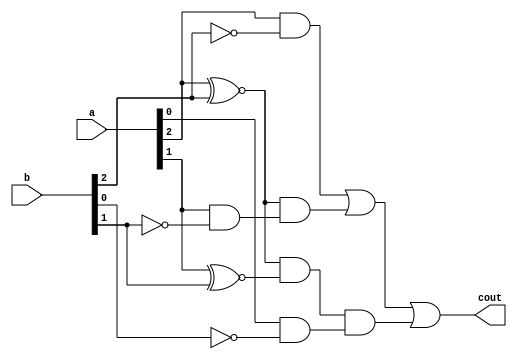
module AgrB3bit(a, b, cout);

	input [2:0]a, b;
	output cout;

	assign cout = (a[2] & ~b[2]) | ((a[2] ~^ b[2]) & (a[1] & ~b[1])) | ((a[2] ~^ b[2]) & (a[1] ~^ b[1]) & (a[0] & ~b[0]));

endmodule


module AequB3bit(a, b, cout);

	input [2:0]a, b;
	output cout;
	
	assign cout = ((a[2] ~^ b[2]) & (a[1] ~^ b[1])) & (a[0] ~^ b[0]);
	
endmodule

module AzeroB3bit(a, b, cout);

	input [2:0]a, b;
	output cout;
	
	assign cout = ~(a[2] | b[2]) & ~(a[1] | b[1]) & ~(a[0] | b[0]);
	
endmodule


module Renee_Display(Action, SEG);

	input [2:0] Action;
	output [6:0] SEG;
	
	parameter [6:0] F = 7'b0001110; // Forward
	parameter [6:0] r = 7'b1011110; // Reverse
	parameter [6:0] S = 7'b0010010; // Stop
	//my7bit31mux(Action, F, r, S, y);
	assign SEG[6:0] = Action[2] ? r : (Action[1] ? F : S); //3 or 4 way mux
	
	
endmodule


module Renee_Controller(ls, rs, lb, rb,fb, bb, lwa, rwa, LEDR);

	input [2:0]ls, rs;
	input	lb, rb, fb, bb;
	output [2:0]lwa, rwa;
	output [3:0]LEDR;
	
	// turn Left?	
	AgrB3bit tL(ls, rs, tLeft);
	assign LEDR[0] = tLeft;
	
	// turn Right?
	AgrB3bit tR(rs, ls, tRight);
	assign LEDR[1] = tRight;
	// forward?
	AequB3bit fr(ls, rs, eq);
	assign LEDR[2] = eq;
	// stop?
	AzeroB3bit st(ls, rs, stop);
	assign LEDR[3] = stop;
	assign forward = eq & ~stop;
	// is any bumper active?
	assign bump = ~fb | ~bb | ~lb | ~rb;
	
	// if bumpers are off, should Renee turn?
	assign turn = tLeft | tRight;
	
	// bumper overide
	assign Lreverse = (~fb & rb & lb & bb) | (~lb & fb & bb & rb) | (~lb & ~fb & bb & rb);
	assign Lforward = (~bb & fb & lb & rb) | (~lb & ~bb & fb & rb);
	assign Lstop = (~rb &lb & fb & bb)| (~rb & ~fb & lb & bb) | (~rb & ~bb & lb & fb) | (~fb & ~bb) | (~lb & ~rb);
	
	assign Rreverse = (~fb & rb & lb & bb) | (~rb & lb & fb & bb) | (~fb & ~rb & lb & bb);
	assign Rforward = (~bb & fb & lb & rb) | (~bb & ~rb & lb & fb);
	assign Rstop = (~lb & rb & fb & bb) | (~lb & ~fb & bb & rb) | (~lb & ~bb & fb & rb) | (~fb & ~bb) | (~lb & ~rb);
	
	// decision	
	assign lwa[2] = bump ? Lreverse : (turn ? 0 : (forward ? 0 : 0));
	assign lwa[1] = bump ? Lforward : (turn ? tRight : (forward ? forward : 0));
	assign lwa[0] = bump ? Lstop : (turn ? tLeft : (forward ? 0 : stop));
	
	assign rwa[2] = bump ? Rreverse : (turn ? 0 : (forward ? 0 : 0));
	assign rwa[1] = bump ? Rforward : (turn ? tLeft : (forward ? forward : 0));
	assign rwa[0] = bump ? Rstop : (turn ? tRight : (forward ? 0 : stop));
	
	/* turning left or right
	assign lwa[2] = 0;
	assign lwa[1] = tRight;
	assign lwa[0] = tLeft;
	
	assign rwa[2] = 0;
	assign rwa[1] = tLeft;
	assign rwa[0] = tRight;
	
	// going forward
	assign lwa[2] = 0;
	assign lwa[1] = forward;
	assign lwa[0] = 0;
	
	assign rwa[2] = 0;
	assign rwa[1] = forward;
	assign rwa[0] = 0;
	
	// stop
	assign lwa[2] = 0;
	assign lwa[1] = 0;
	assign lwa[0] = stop;
	
	assign rwa[2] = 0;
	assign rwa[1] = 0;
	assign rwa[0] = stop;*/
	
endmodule


module Renee(SW, KEY, HEX1, HEX0);

	input [6:0]SW;
	input [3:0]KEY;
	output [6:0] HEX0, HEX1;
	
	wire [2:0]  lw, rw;
	
	Renee_Controller R1(.ls(SW[6:4]), .rs(SW[2:0]), .lb(KEY[3]), .rb(KEY[2]), .fb(KEY[1]), .bb(KEY[0]), .lwa(lw), .rwa(rw));
	Renee_Display R2(lw, HEX1);
	Renee_Display R3(rw, HEX0);
	
endmodule